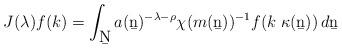
LaTeX: \begin{align*}J (\lambda) f (k) = \int_{\b{N}} a (\b{n})^{- \lambda - \rho} \chi (m (\b{n}))^{-1} f (k\; \kappa(\b{n}))\, d \b{n}\end{align*}